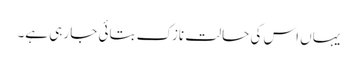
یہاں اس کی حالت نازک بتائی جا رہی ہے۔